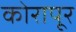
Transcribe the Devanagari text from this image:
कोरापूर